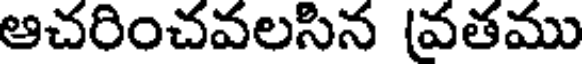
ఆచరించవలసిన (వతము